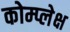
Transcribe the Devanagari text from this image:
कोम्प्लेक्ष